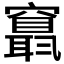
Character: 𥨬